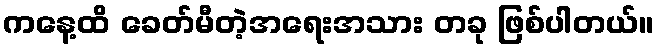
ကနေ့ထိ ခေတ်မီတဲ့အရေးအသား တခု ဖြစ်ပါတယ်။